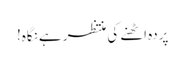
پردہ اٹھنے کی منتظر ہے نگاہ!